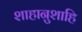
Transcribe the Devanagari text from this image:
शाहानुशाहि